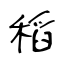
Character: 稻